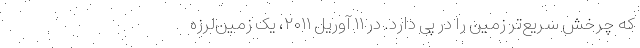
که چرخش سریع‌تر زمین را در پی دارد. در ۱۱ آوریل ۲۰۱۱، یک زمین‌لرزه